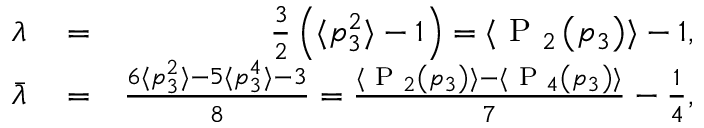
\begin{array} { r l r } { \lambda } & { { } = } & { \frac { 3 } { 2 } \left( \langle p _ { 3 } ^ { 2 } \rangle - 1 \right) = \langle \textrm { P } _ { 2 } \left( p _ { 3 } \right) \rangle - 1 , } \\ { \bar { \lambda } } & { { } = } & { \frac { 6 \langle p _ { 3 } ^ { 2 } \rangle - 5 \langle p _ { 3 } ^ { 4 } \rangle - 3 } { 8 } = \frac { \langle \textrm { P } _ { 2 } \left( p _ { 3 } \right) \rangle - \langle \textrm { P } _ { 4 } \left( p _ { 3 } \right) \rangle } { 7 } - \frac { 1 } { 4 } , } \end{array}